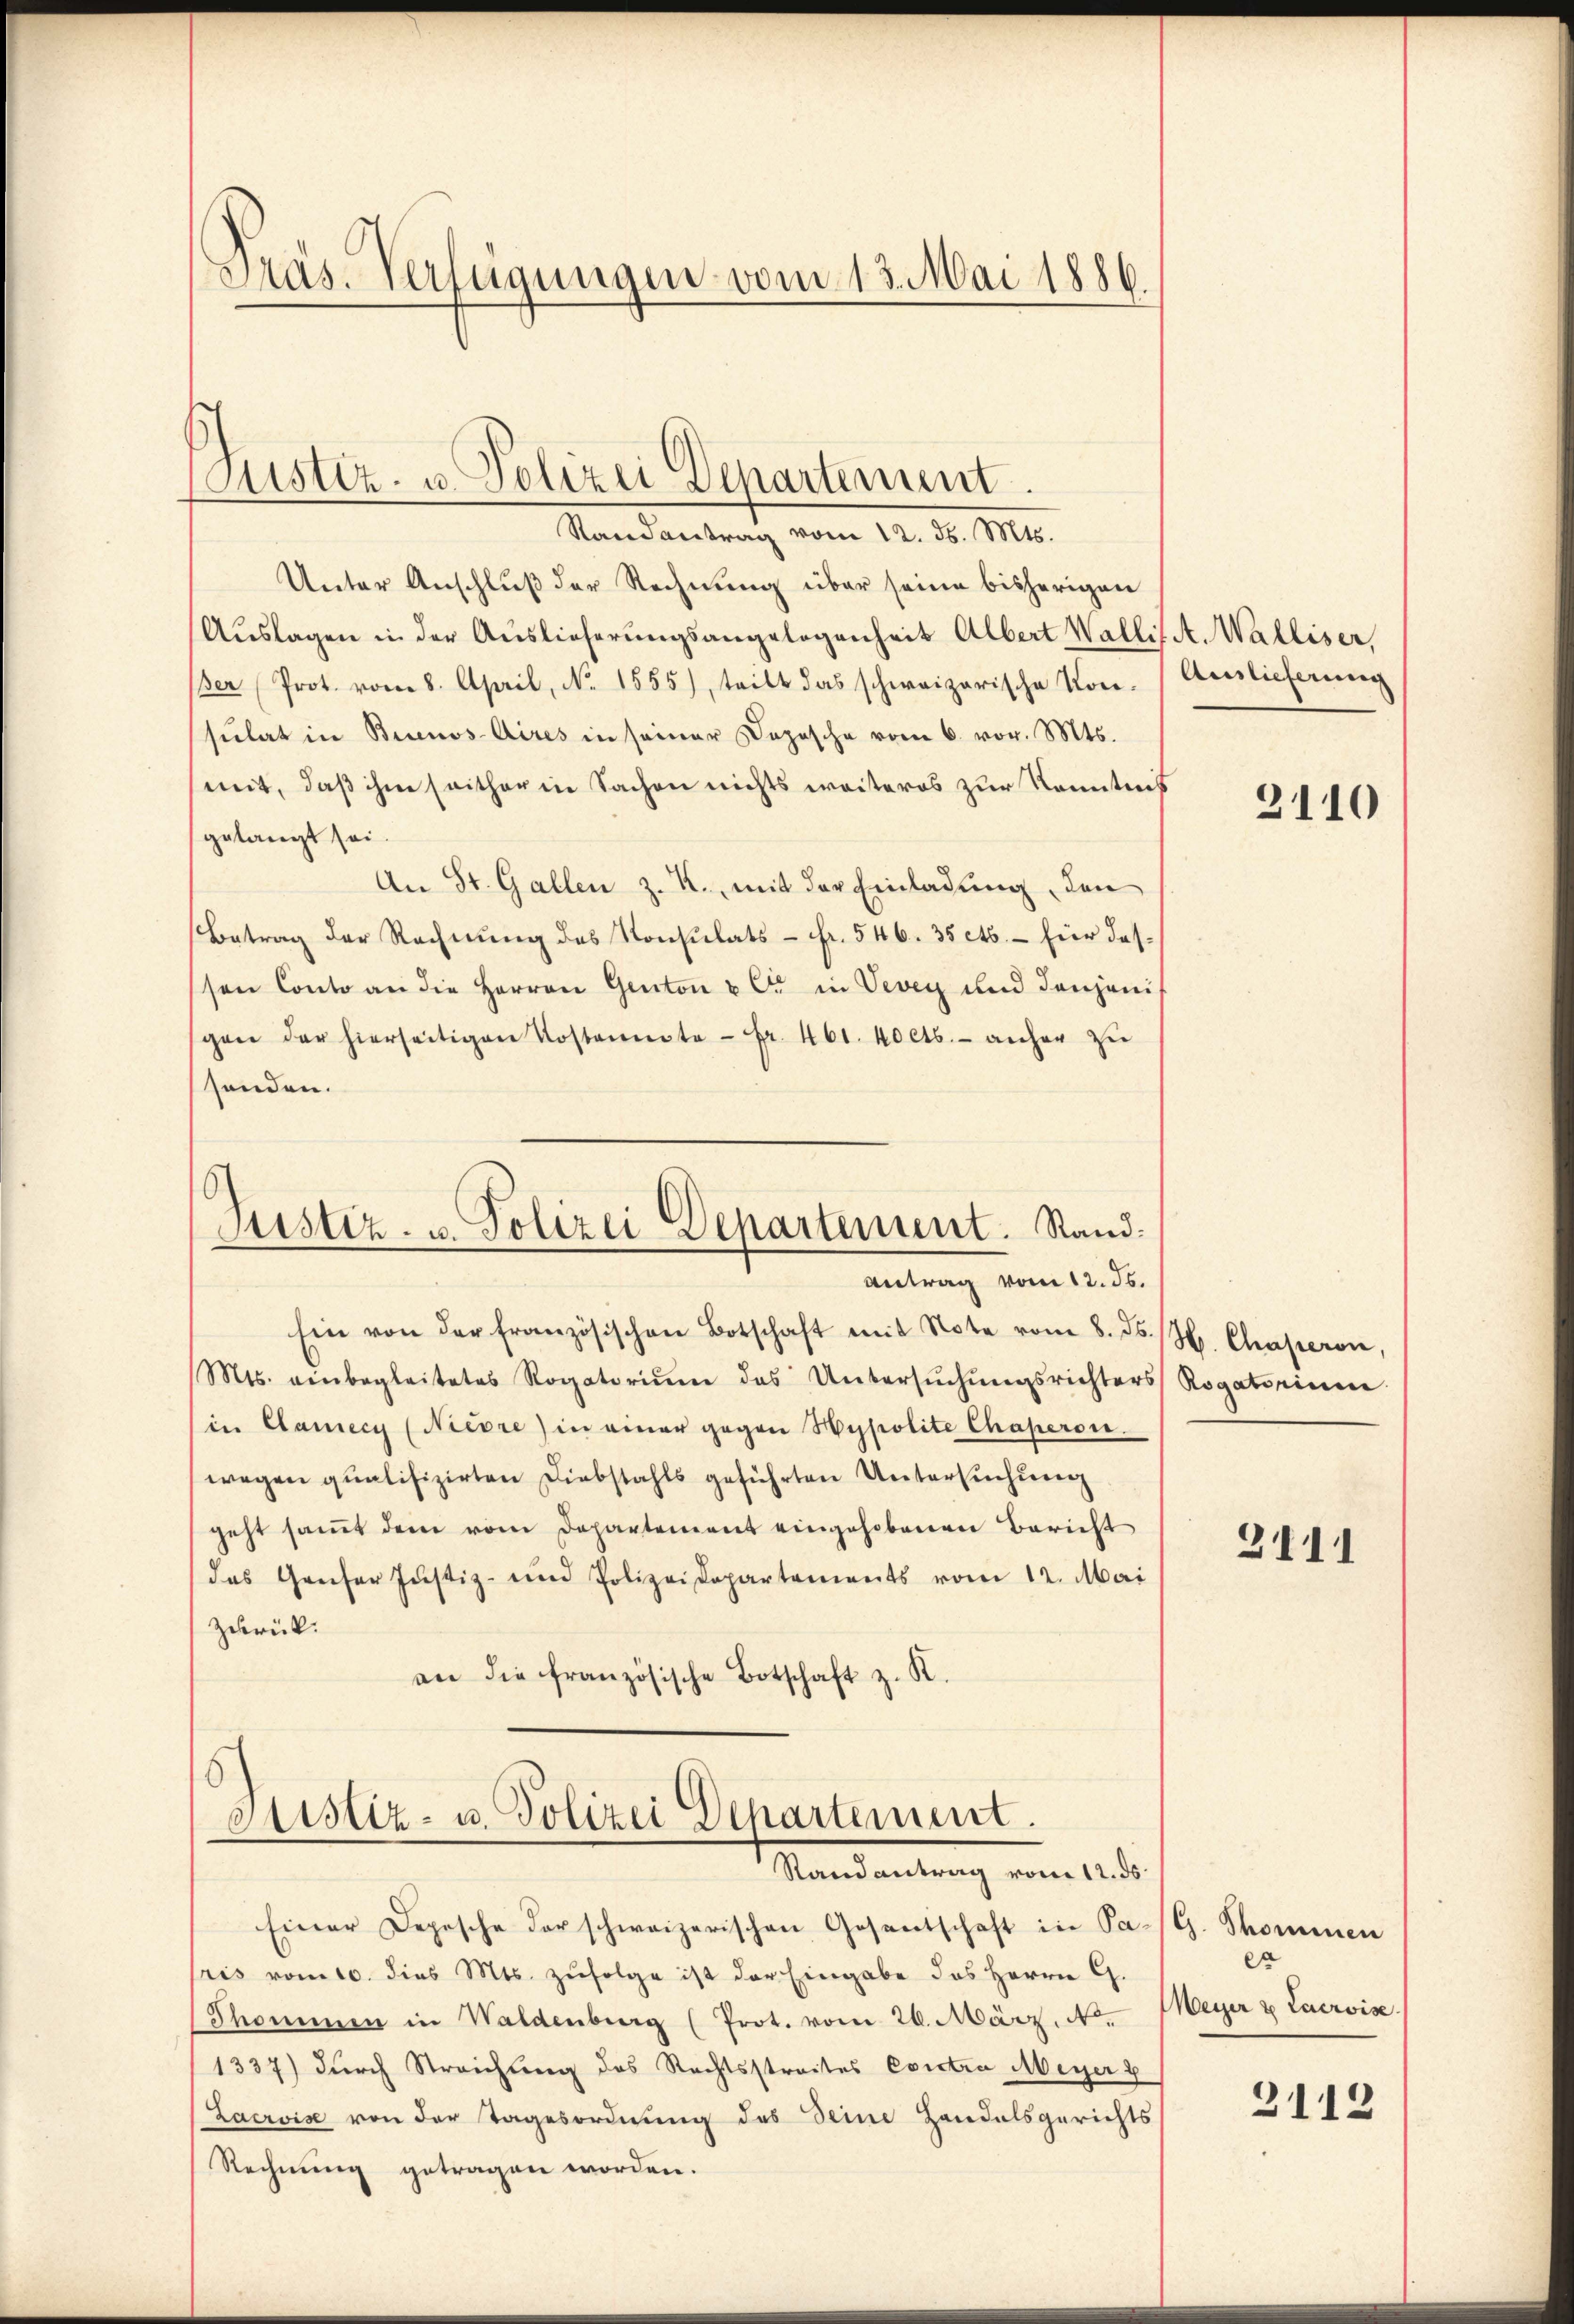
Präs. Verfügungen vom 13. Mai 1886.

Justiz- u. Polizei Departement
Randantrag vom 12. ds. Mts.

Unter Anschluß der Rechnung über seine bisherigen
Auslagen in der Auslieferungsangelegenheit Albert Walli
Der Prot. vom 8. April, No. 1555), teilt das schweizerische Kon-
sulat in Buenos-Aires in seiner Depesche vom 6. vor. Mts.
mit, daß ihm seither in Sachen nichts weiteres zur Kenntnis
gelangt sei.
An St. Gallen z. R., mit der Einladung, den
Betrag der Rechnung des Konsulats - Fr. 546. 35 cts. – für dassen Conto an die Herren Genton & Cie in Vevey und denjenigen der hierseitigen Kostennote - Fr. 461. kocts. - anher zu
senden.
Justiz- u. Polizei Departement. Stand.
Antrag vom 12. ds.
Ein von der französischen Botschaft mit Note vom 8. ds. H. Chapervie
Mts. einbegleitetes Rogatoriŭm das Untersŭchŭngsrichters Rogatorium
in Camecy (Nieore) in einer gegen Hypolite Chaperon
wegen qualifizirten Diebstahls geführten Untersuchung
geht samt dem vom Departement eingehobenen Bericht
das Genfer Justiz- und Polizeidepartements vom 12. Mai
zurück.
an die französische Botschaft z. K.

Gustiz- u. Polizei Departement.
Randantrag vom 12. ds.

A. Walliser,
Auslieferung

Einer Depesche der schweizerischen Gesantschaft in Past. Thommen
sris vom 10. dies Mts. zufolge ist der Eingabe des Herrn G.
Skommen in Waldenburg (Prot. vom 26. März, Nr.
1337) durch Streichung des Rechtsstreites Contra Meyer g
Lacroise von der Tagesordnung des Seine Handelsgerichts
Rechnung getragen worden.

2110

3111

es
Meyer & Caervise.
3112